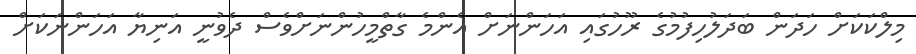
މިލްކަކަށް ހަދަން ބަދަލުހިފުމުގެ ރޫހުގައި އަހަންނަށް އެންމެ ގާތްމީހުންނަށްވެސް ދެވުނީ އަނިޔާ އަހަންނަކަށް